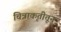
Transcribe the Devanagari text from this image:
चित्राकृतीतून